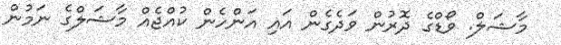
މާޝަލް. ވޯޑްގެ ދޮރުން ވަދެގެން އައި އަންހެން ކުއްޖެއް މާޝަލްގެ ނަމުން